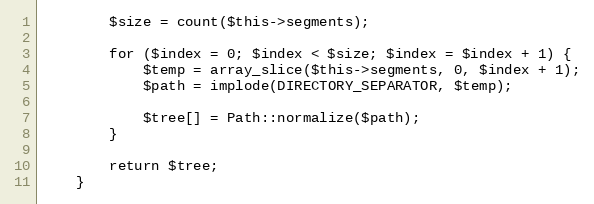
Language: PHP
        $size = count($this->segments);

        for ($index = 0; $index < $size; $index = $index + 1) {
            $temp = array_slice($this->segments, 0, $index + 1);
            $path = implode(DIRECTORY_SEPARATOR, $temp);

            $tree[] = Path::normalize($path);
        }

        return $tree;
    }